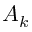
A _ { k }